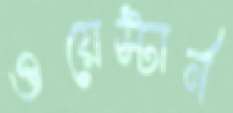
ওয়েস্টার্ন